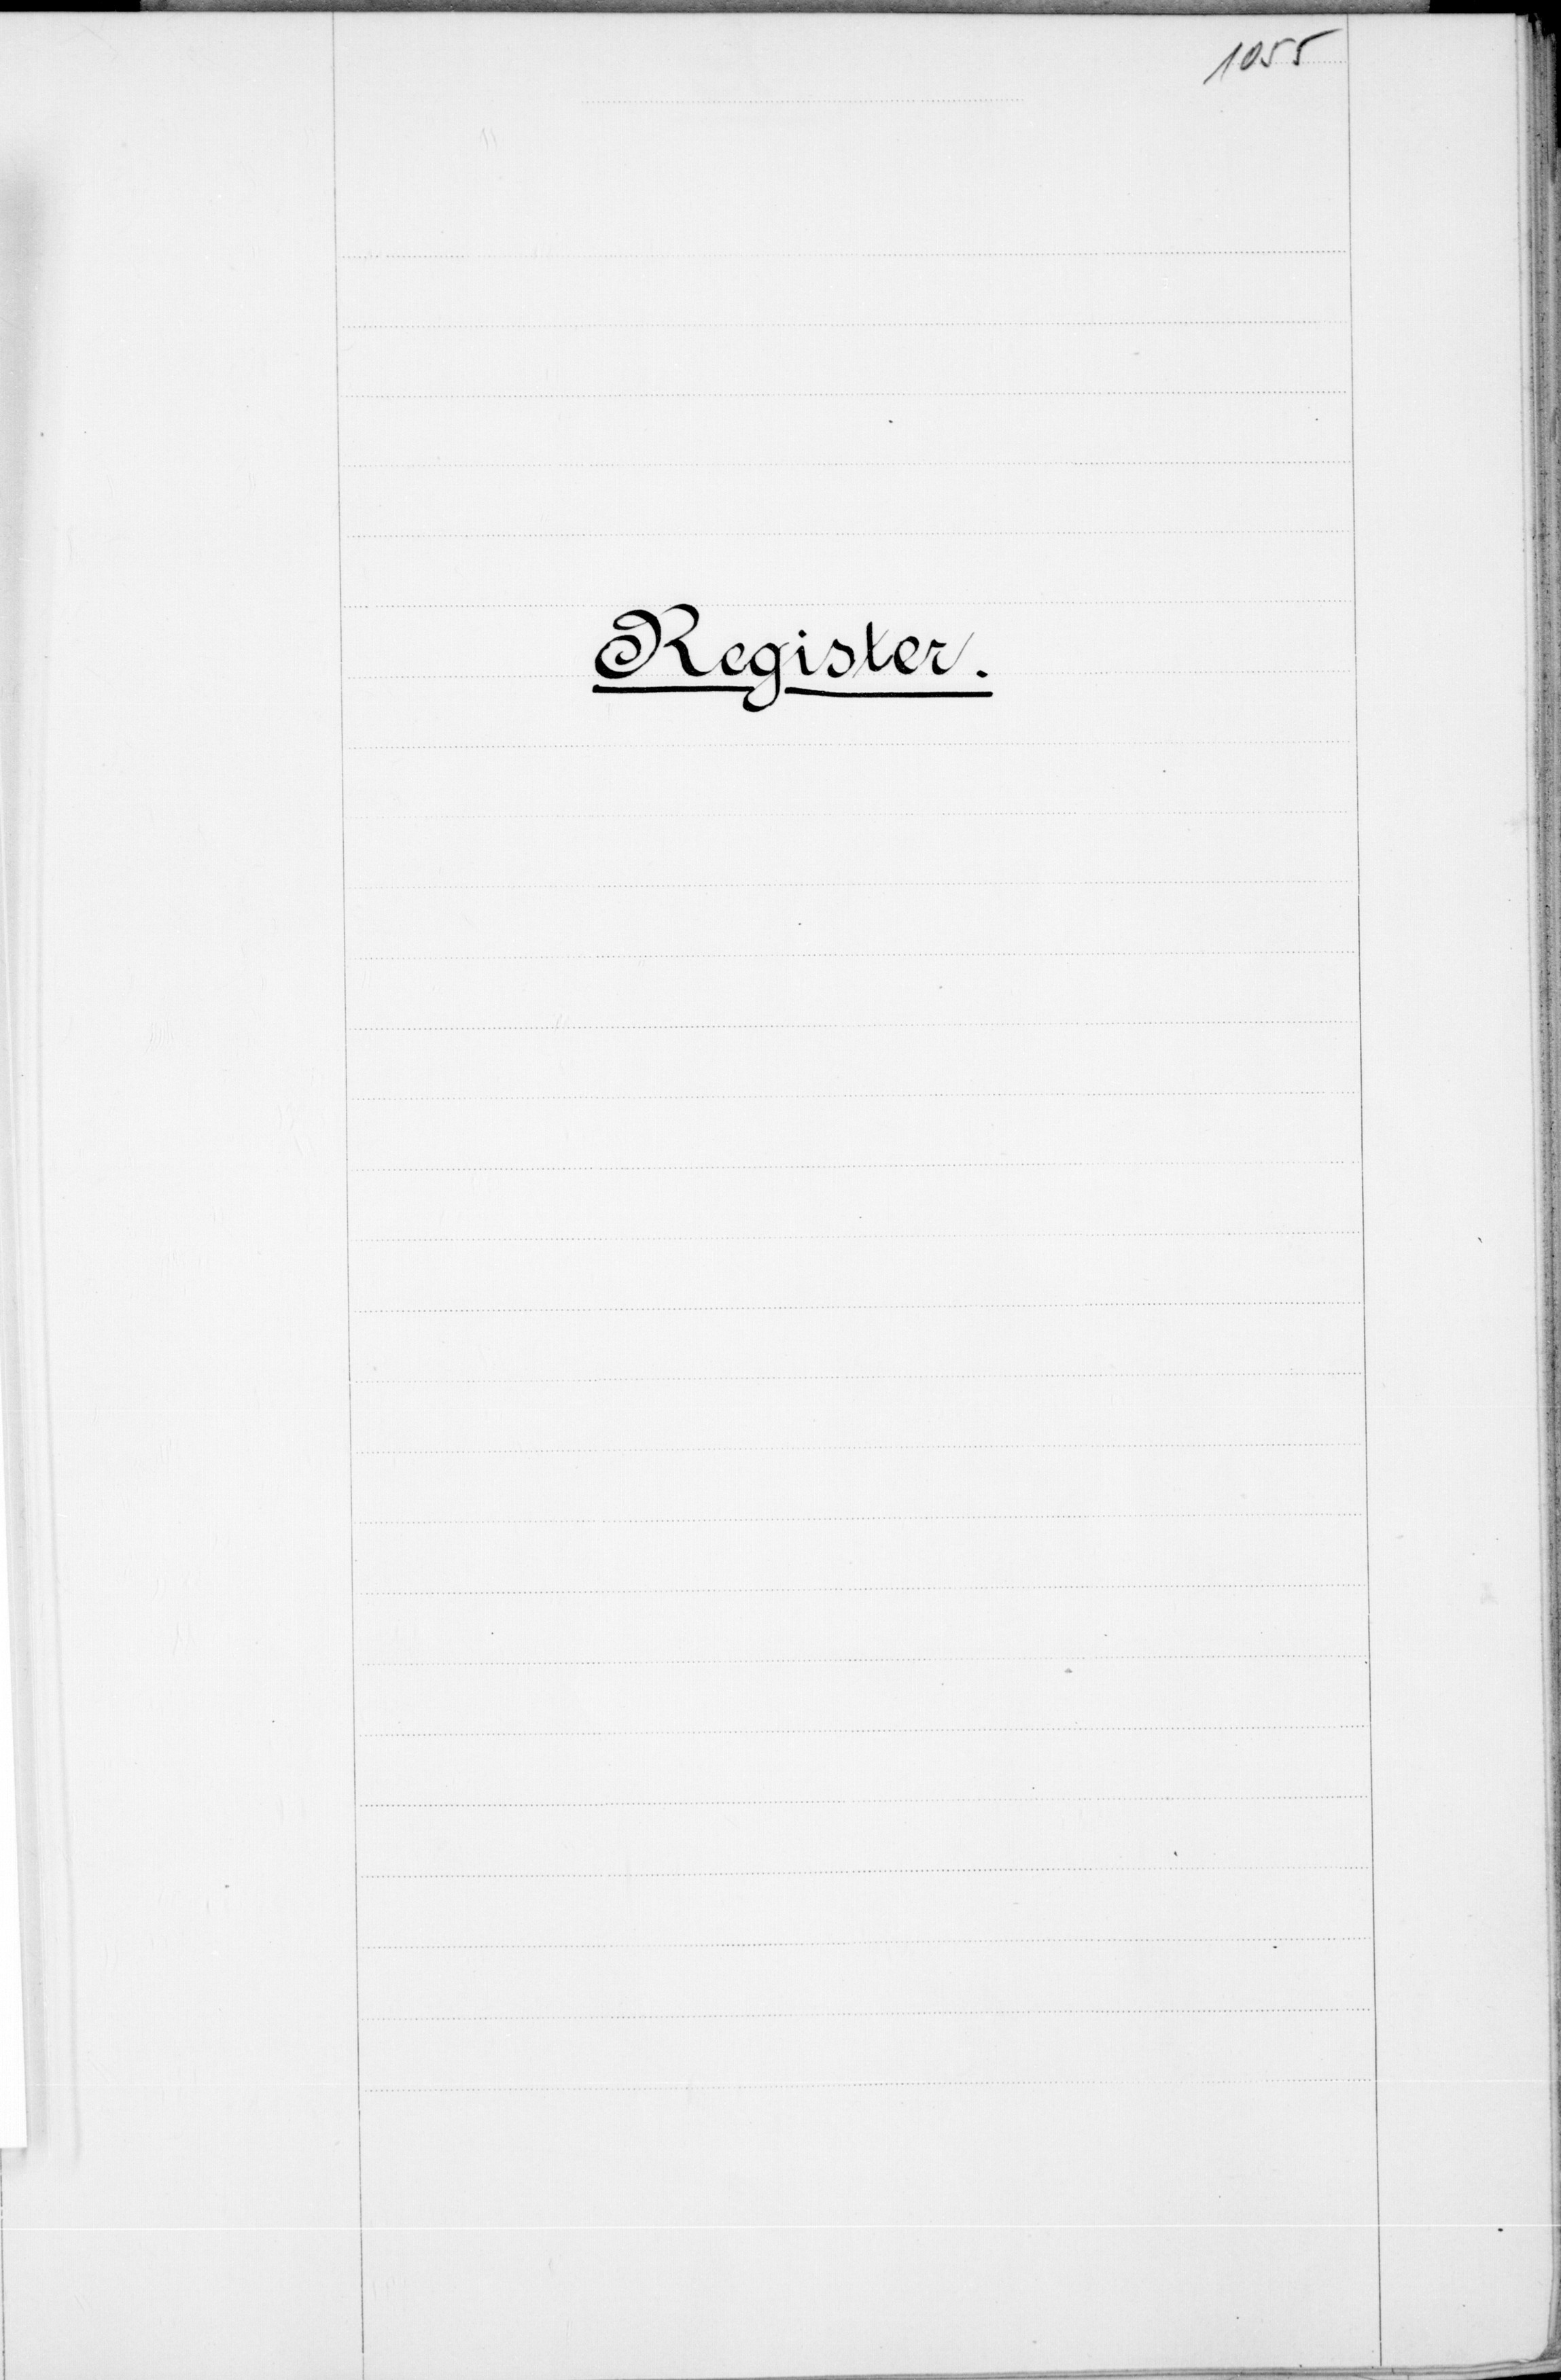
eine

Unter den letzten